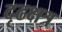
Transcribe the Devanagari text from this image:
दृढक्षत्र